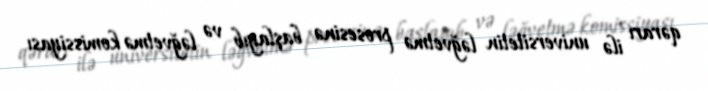
qərarı ilə universitetin ləğvetmə prosesinə başlayıb və ləğvetmə komissiyası